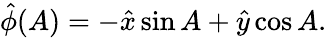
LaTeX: \hat{\phi}(A)=-\hat{x}\sin{A}+\hat{y}\cos{A}.